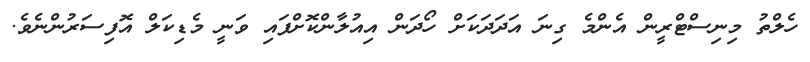
ހެލްތު މިނިސްޓްރީން އެންމެ ގިނަ އަދަދަކަށް ހޯދަން އިއުލާންކޮށްފައި ވަނީ މެޑިކަލް އޮފިސަރުންނެވެ.